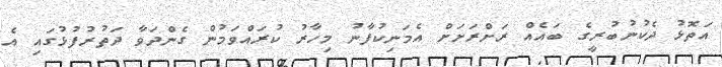
އަތޮޅު ދެކުނުބުރީގެ ބައެއް ރަށްރަށަށް އެމަނިކުފާނު މިހާރު ކުރައްވަމުން ގެންދަވާ ދަތުރުފުޅުގައި އެ